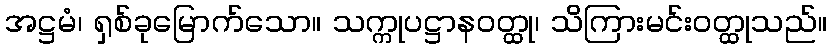
အဋ္ဌမံ၊ ရှစ်ခုမြောက်သော။ သက္ကုပဋ္ဌာနဝတ္ထု၊ သိကြားမင်းဝတ္ထုသည်။